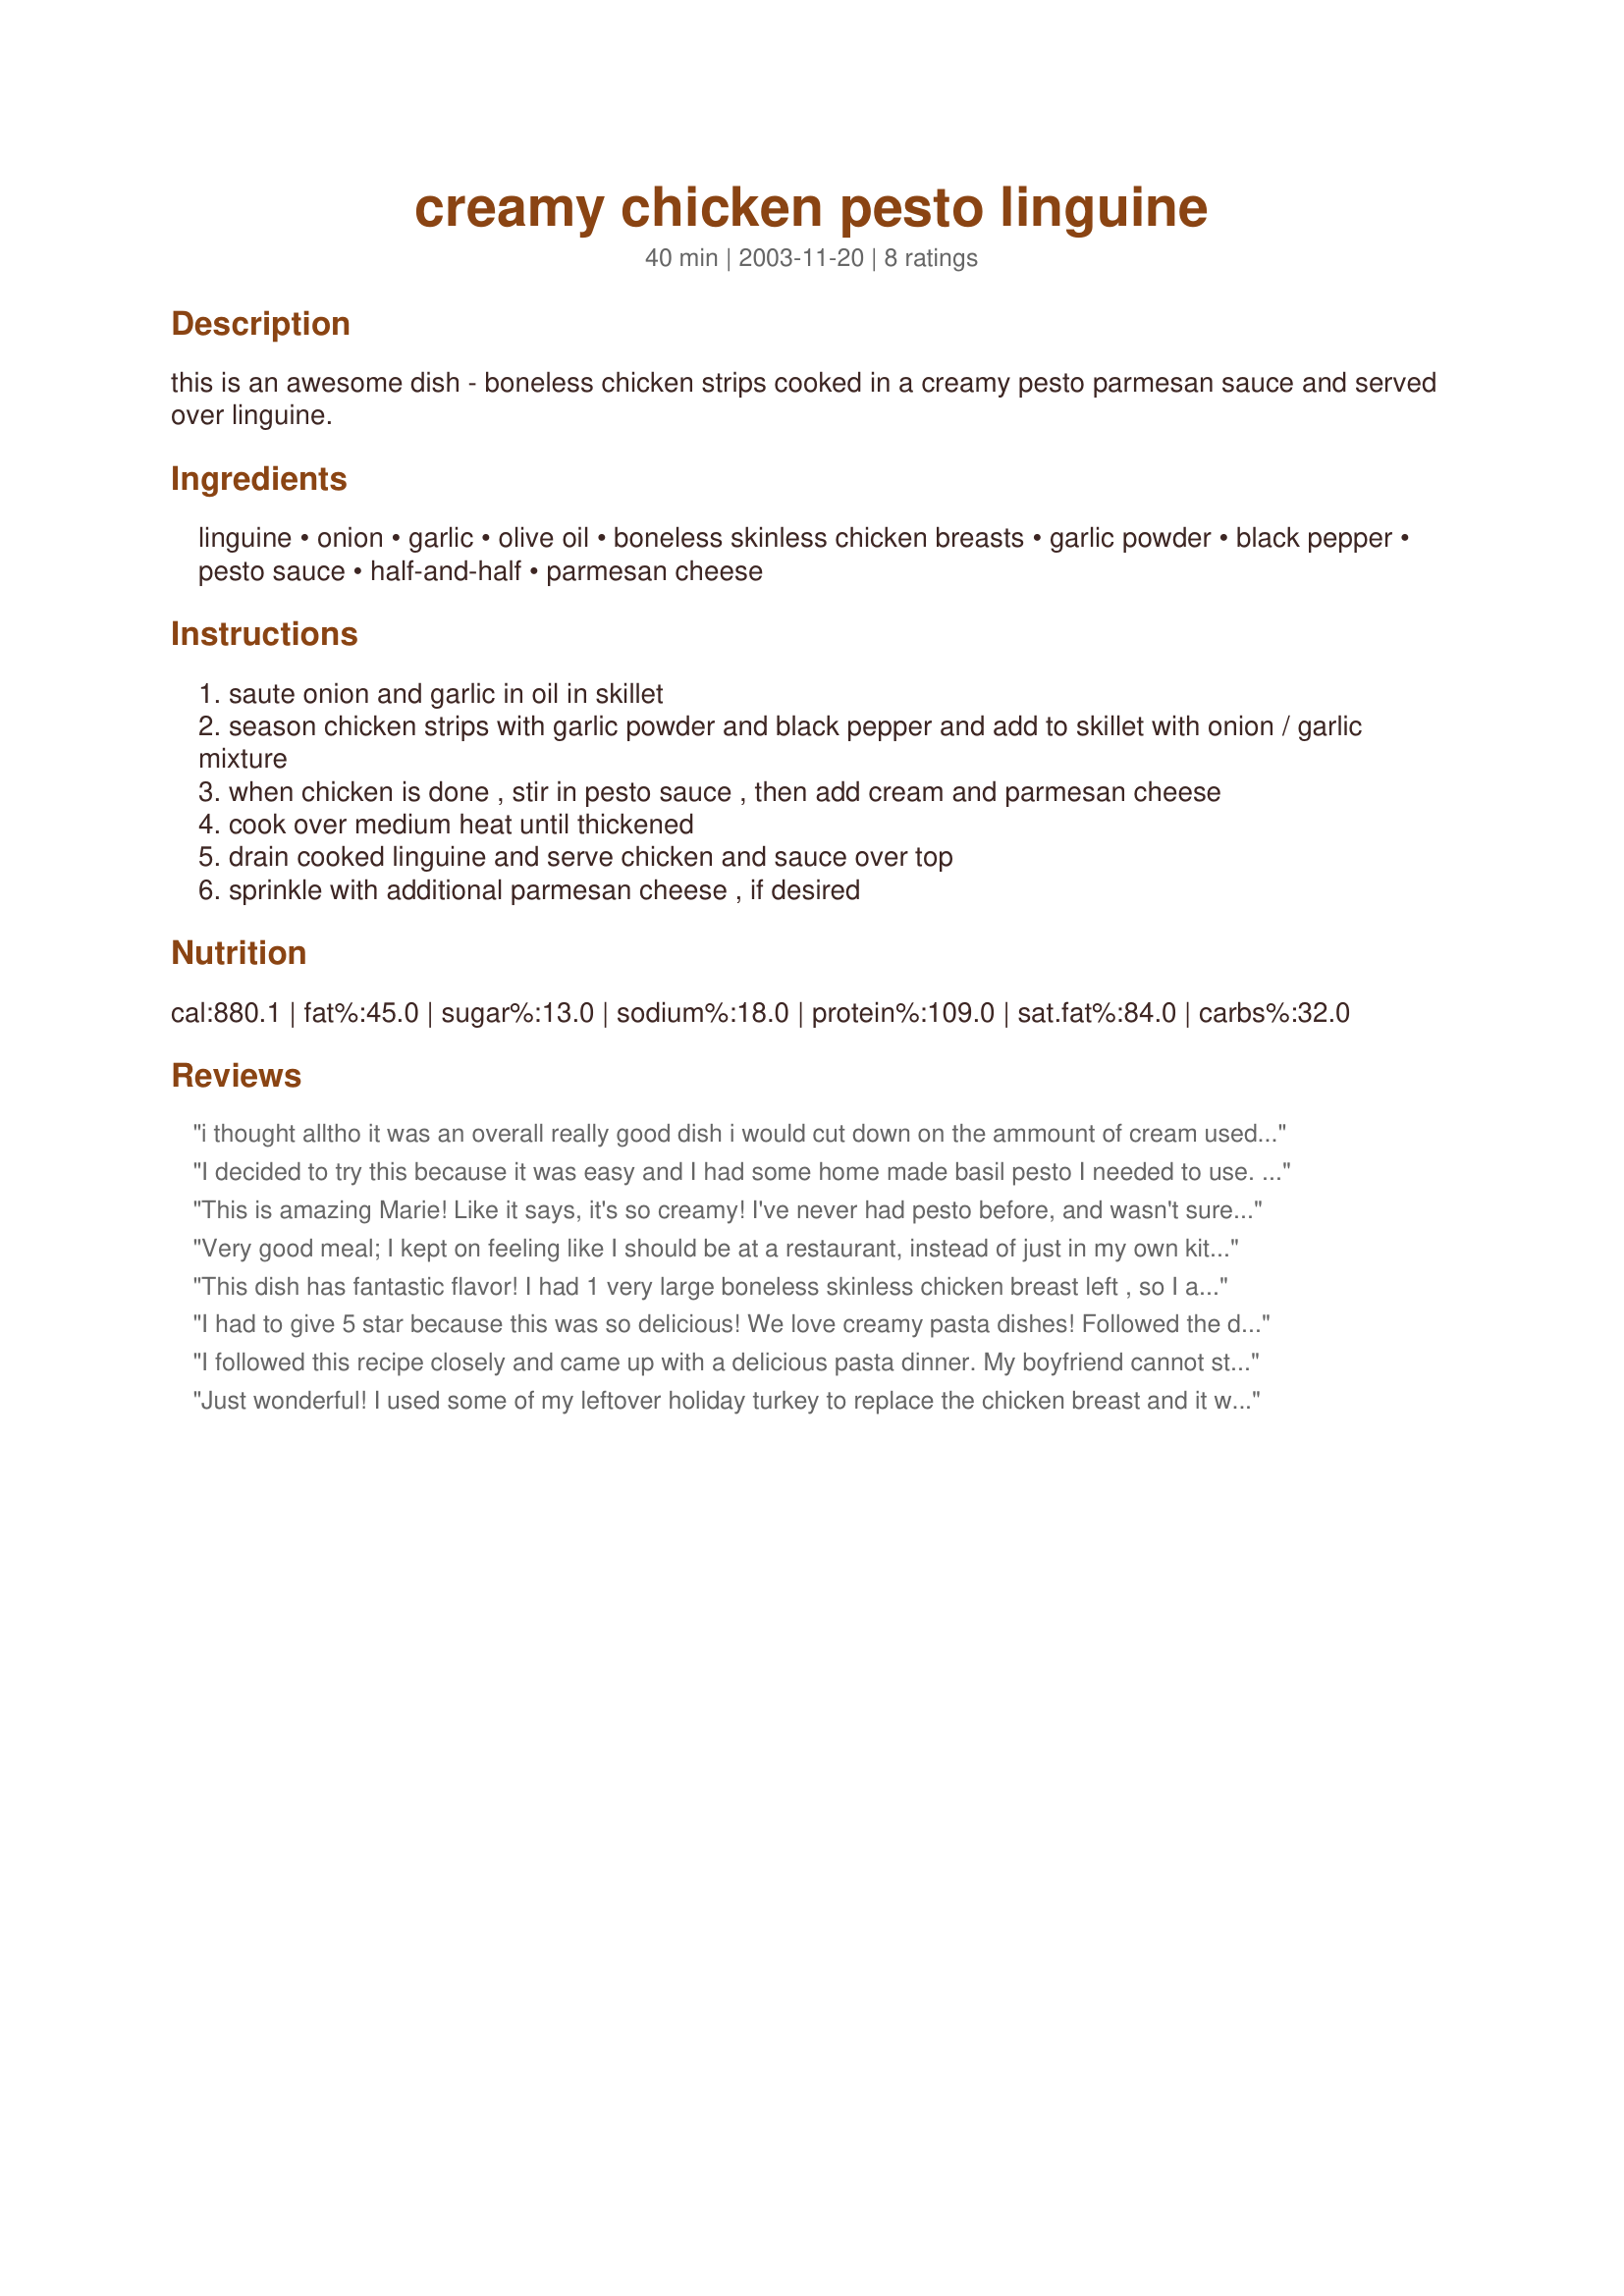
creamy chicken pesto linguine
Preparation time: 40 minutes

this is an awesome dish - boneless chicken strips cooked in a creamy pesto parmesan sauce and served over linguine.

Ingredients:
linguine, onion, garlic, olive oil, boneless skinless chicken breasts, garlic powder, black pepper, pesto sauce, half-and-half, parmesan cheese

Steps:
saute onion and garlic in oil in skillet
season chicken strips with garlic powder and black pepper and add to skillet with onion / garlic mixture
when chicken is done , stir in pesto sauce , then add cream and parmesan cheese
cook over medium heat until thickened
drain cooked linguine and serve chicken and sauce over top
sprinkle with additional parmesan cheese , if desired

Reviews:
i thought alltho it was an overall really good dish i would cut down on the ammount of cream used it ended up being a little too saucy for my taste
I decided to try this because it was easy and I had some home made basil pesto I needed to use. This dish was AWESOME! Easy and what flavor! I followed the recipe exactly as stated and I wouldn&#039;t change a thing. Thanks for posting this!
This is amazing Marie! Like it says, it's so creamy! I've never had pesto before, and wasn't sure I'd even like it, but it's wonderful!I followed the directions exactly, and wouldn't change a thing. Thanks so much!
Very good meal; I kept on feeling like I should be at a restaurant, instead of just in my own kitchen. My husband and I are planning to leave out the chicken next time, for a vegetarian dish; the chicken was good, but we think it would be as good without it. Also, these are very generous portions (which are a good thing); we both ate to our fill, along with our two year old daughter, and there is still extra sauce left (we made 2 servings worth only).

update: a year later, we make this recipe ALL the time, and absolutely love it! It's so fast and easy.
This dish has fantastic flavor! I had 1 very large boneless skinless chicken breast left , so I added some steamed broccoli and sliced mushrooms to make up for the lesser quantity of meat. I am thrilled with the results. The dish is filling yet light. Other than the meat substitutions I followed the recipe exactly. I served it with garlic bread and had a delicious meal.
I had to give 5 star because this was so delicious! We love creamy pasta dishes! Followed the directions exactly and add some homemade Italian bread, delicious!! Thank you marie ; )
I followed this recipe closely and came up with a delicious pasta dinner. My boyfriend cannot stop talking about it (The leftovers were gone a week ago.) I added some mushrooms and broccolli to the sauce just to add in some more flavor. Excellent!
Just wonderful! I used some of my leftover holiday turkey to replace the chicken breast and it worked great! Rave reviews all around the table! Loved the flavor and the delicious creaminess of the pesto sauce. Thanks for sharing this wonderfully delicious recipe, Marie!
